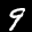
Label: 9